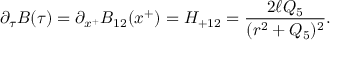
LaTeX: \partial _ { \tau } B ( \tau ) = \partial _ { x ^ { + } } B _ { 1 2 } ( x ^ { + } ) = H _ { + 1 2 } = { \frac { 2 \ell Q _ { 5 } } { ( r ^ { 2 } + Q _ { 5 } ) ^ { 2 } } } .